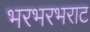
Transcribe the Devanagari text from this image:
भरभरभराट